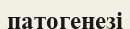
патогенезі